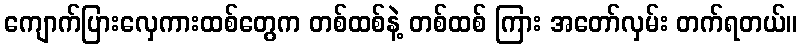
ကျောက်ပြားလှေကားထစ်တွေက တစ်ထစ်နဲ့ တစ်ထစ် ကြား အတော်လှမ်း တက်ရတယ်။